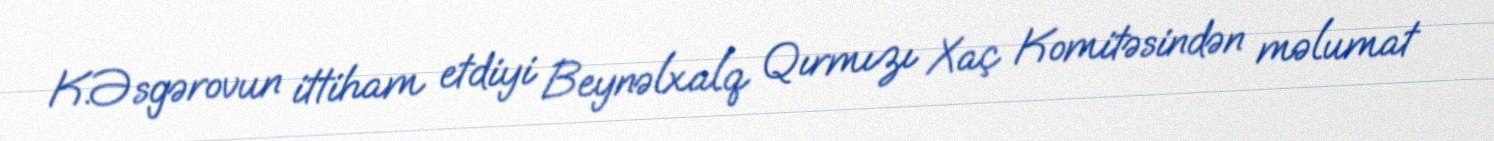
K.Əsgərovun ittiham etdiyi Beynəlxalq Qırmızı Xaç Komitəsindən məlumat